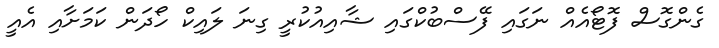
ގެންގޮސް ފޮޓޯއެއް ނަގައި ފޭސްބުކްގައި ޝާއިއުކުރީ ގިނަ ލައިކް ހޯދަން ކަމަށާއި އެއީ